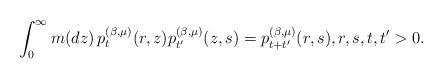
LaTeX: \begin{align*} \int_0^\infty m(dz)\, p_t^{(\beta,\mu)}(r,z) p_{t'}^{(\beta,\mu)}(z,s) = p_{t+t'}^{(\beta,\mu)}(r,s), r,s,t,t'>0. \end{align*}